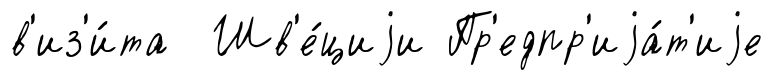
в'из'и́та Шв'е́циjи Пр'едпр'иjа́т'иjе